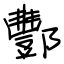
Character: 酆